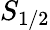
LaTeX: S_{1/2}